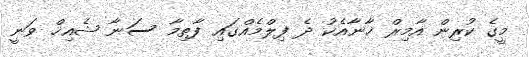
މީގެ ކުރިން އާމިރް ޚާނާއެކު ދެ ފިލްމެއްގައި ފާތިމާ ސަނާ ޝެއިޚް ވަނީ